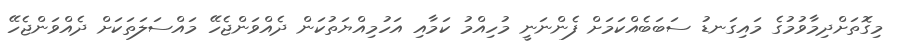
މިގޮތަށްދިމާވުމުގެ މައިގަނޑު ސަބަބެއްކަމަށް ފެންނަނީ މުހިއްމު ކަމާއި އަހުމިއްޔަތުކަން ދެއްވަންޖެހޭ މައްސަލަތަކަށް ދެއްވަންޖެހޭ